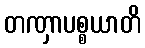
တဏှာပစ္စယာတိ